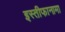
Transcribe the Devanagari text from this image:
इस्तीफानामा